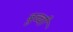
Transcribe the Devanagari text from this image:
बुच्ची